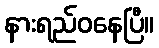
နားရည်ဝနေပြီ။